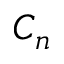
C _ { n }